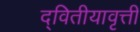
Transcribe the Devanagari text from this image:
द्वितीयावृत्ती